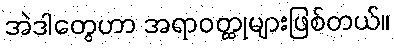
အဲဒါတွေဟာ အရာဝတ္ထုများဖြစ်တယ်။